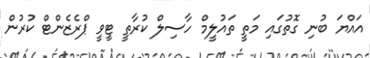
އައްޔަ ބުނި ގޮތުގައި މަތީ ތައުލީމް ހާސިލް ކުރާތީ ޓީވީ ޕްރެޒެންޓް ކުރުން